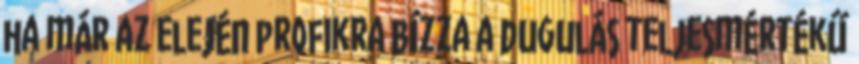
ha már az elején profikra bízza a dugulás teljesmértékű